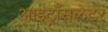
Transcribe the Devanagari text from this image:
आइट्राँसलेटर